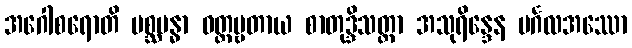
အဂေါစရောတိ မစ္ဆဗန္ဓာ ဝတ္တဗ္ဗတာယ စာတုဒ္ဒိသတ္တာ အသုရိန္ဒေန မင်္ဂလအဿော